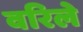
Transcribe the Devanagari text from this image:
वरिले